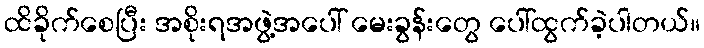
ထိခိုက်စေပြီး အစိုးရအဖွဲ့အပေါ် မေးခွန်းတွေ ပေါ်ထွက်ခဲ့ပါတယ်။